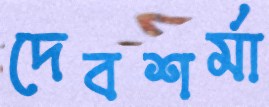
দেবশর্মা